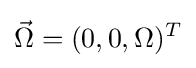
{\vec {\Omega }}=(0,0,\Omega )^{T}